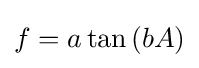
f=a\tan \left(bA\right)